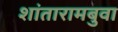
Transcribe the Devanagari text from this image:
शांतारामबुवा